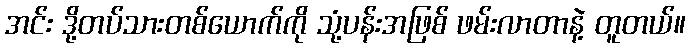
အင်း ဒို့တပ်သားတစ်ယောက်ကို သုံ့ပန်းအဖြစ် ဖမ်းလာတာနဲ့ တူတယ်။